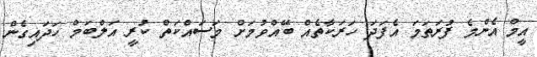
އީމް އެންމެ ފުރަތަމަ އެފަދަ ހަރަކާތެއް ބޭއްވުމަށް މަސައްކަތް ކުރީ އަލްބަމް ހަދައިގެން